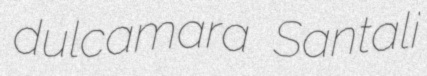
dulcamara Santali